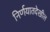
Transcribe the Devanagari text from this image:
निर्णयातदेखील